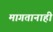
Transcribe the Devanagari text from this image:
मागतानाही